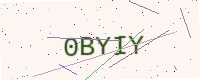
Text: 0BYIY